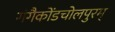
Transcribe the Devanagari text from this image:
गंगैकोंडचोलपुरम्